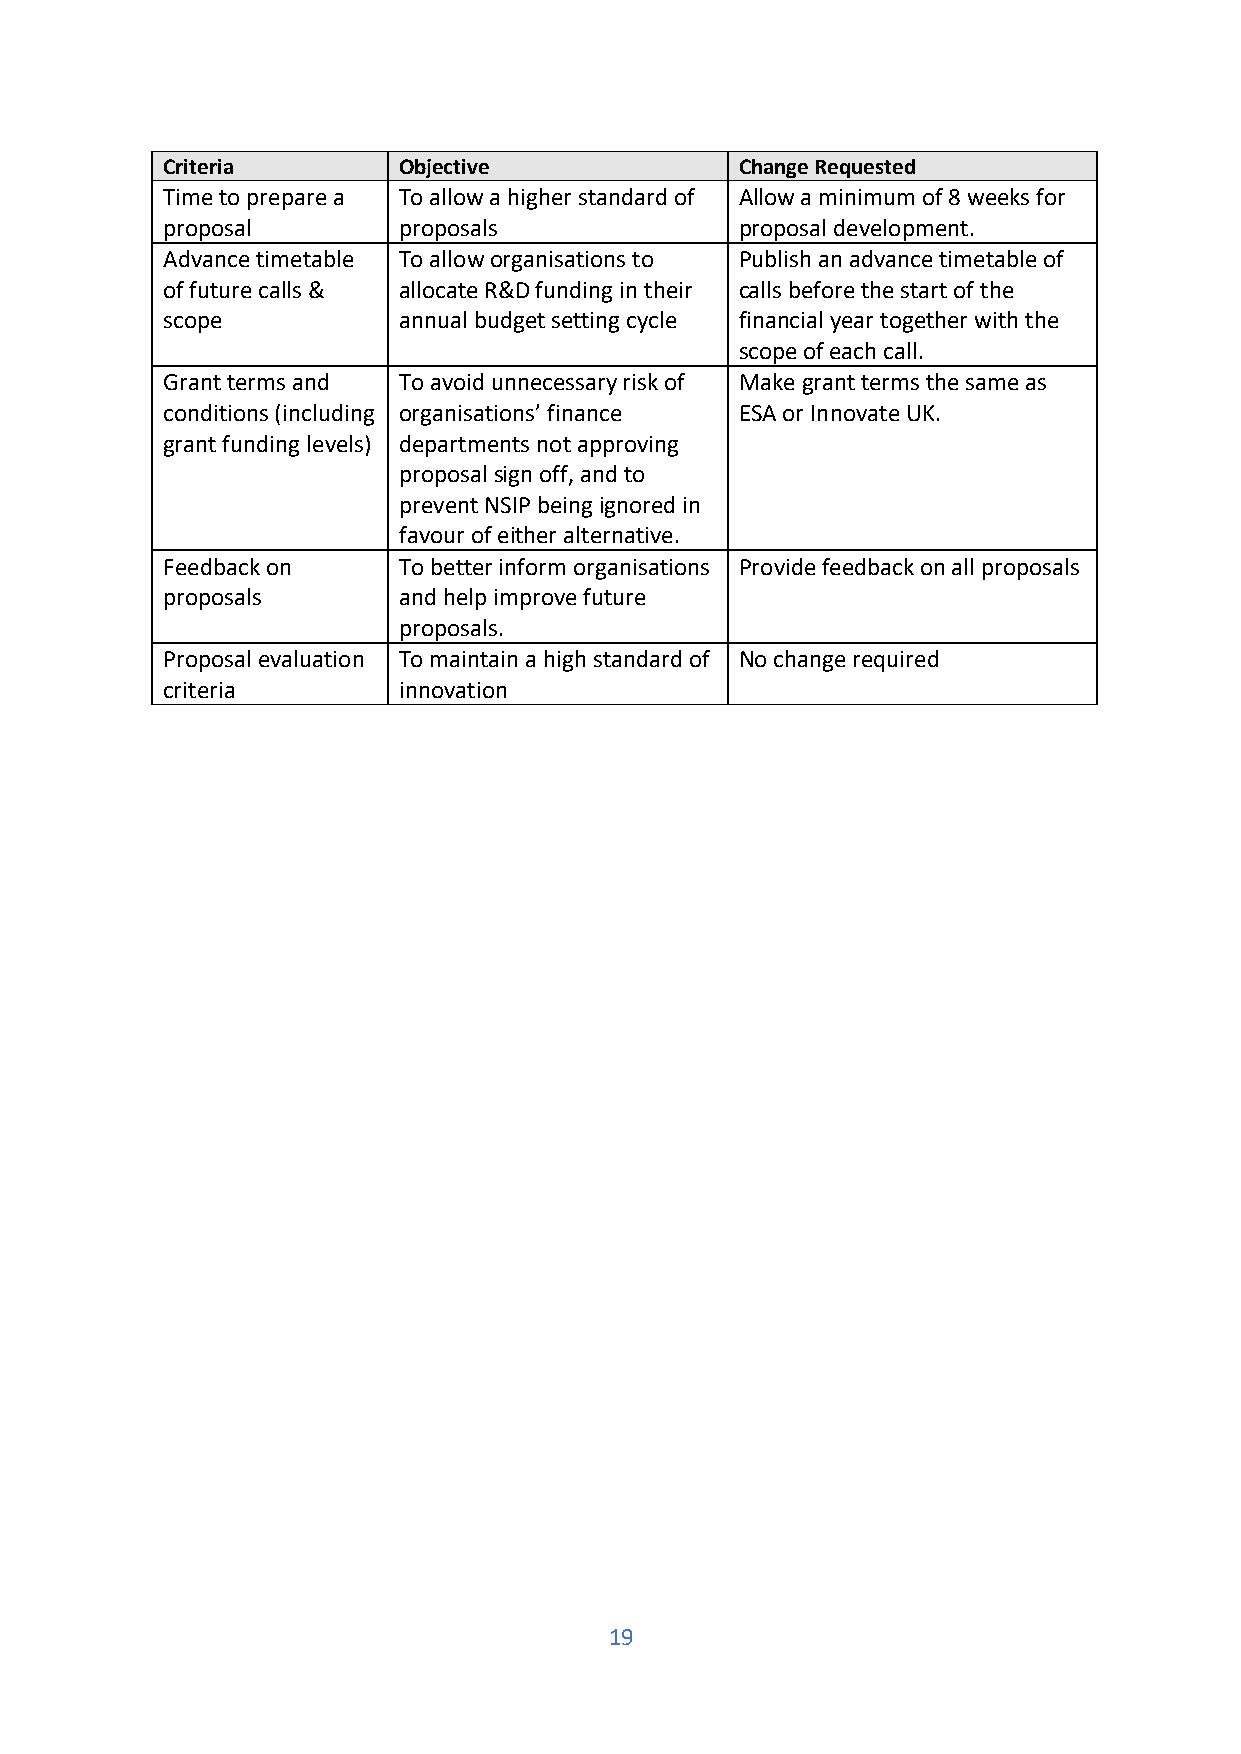
Criteria       Objective              Change Requested
 Time to prepare a To allow a higher standard of Allow a minimum of 8 weeks for
 proposal       proposals              proposal development.
 Advance timetable To allow organisations to Publish an advance timetable of
 of future calls & allocate R&D funding in their calls before the start of the
 scope          annual budget setting cycle financial year together with the
 scope of each call.
 Grant terms and To avoid unnecessary risk of Make grant terms the same as
 conditions (including organisations’ finance ESA or Innovate UK.
 grant funding levels) departments not approving
 proposal sign off, and to
 prevent NSIP being ignored in
 favour of either alternative.
 Feedback on    To better inform organisations Provide feedback on all proposals
 proposals      and help improve future
 proposals.
 Proposal evaluation To maintain a high standard of No change required
 criteria       innovation
 19